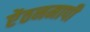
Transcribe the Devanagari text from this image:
ऐंठनमापी